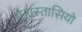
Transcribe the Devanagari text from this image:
येनास्तासियो